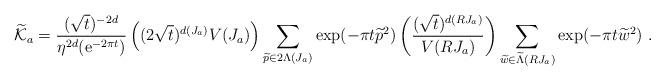
LaTeX: \begin{align*} {\widetilde {\cal K}}_a={(\sqrt{t})^{-2d}\over\eta^{2d}({\mbox{e}}^{-2\pi t})} \left((2\sqrt{t})^{d(J_a)} V(J_a)\right) \sum_{{\widetilde p}\in 2\Lambda(J_a)} \exp(-\pi t {\widetilde p}^2) \left({(\sqrt{t})^{d(RJ_a)}\over V(RJ_a)}\right) \sum_{{\widetilde w}\in{\widetilde\Lambda}(RJ_a)} \exp(-\pi t {\widetilde w}^2)~.\end{align*}